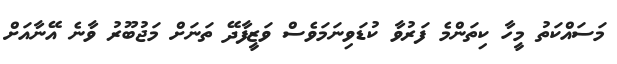
މަސައްކަތު މީހާ ކިތަންމެ ފަރުވާ ކުޑަވިނަމަވެސް ވަޒީފާދޭ ތަނަށް މަޖުބޫރު ވާނެ އޭނާއަށް